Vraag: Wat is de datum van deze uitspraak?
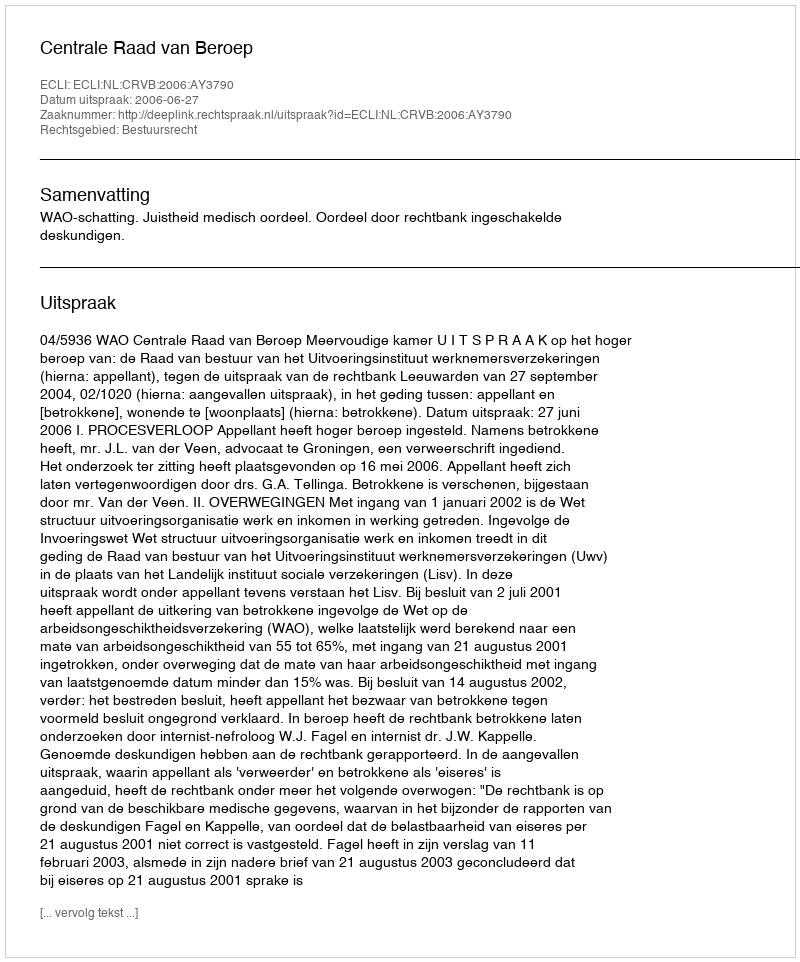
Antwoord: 2006-06-27